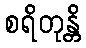
စရိတုန္တိ